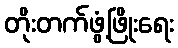
တိုးတက်ဖွံ့ဖြိုးရေး